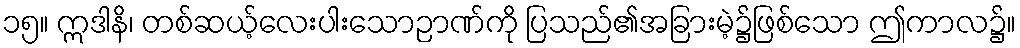
၁၅။ ဣဒါနိ၊ တစ်ဆယ့်လေးပါးသောဉာဏ်ကို ပြသည်၏အခြားမဲ့၌ဖြစ်သော ဤကာလ၌။